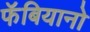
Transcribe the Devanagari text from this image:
फॅबियानो